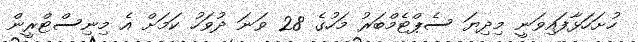
ހުށަހަޅާފައިވަނީ މިދިޔަ ސެޕްޓެމްބަރު މަހުގެ 28 ވަނަ ދުވަހު ކަމަށް އެ މިނިސްޓްރީން